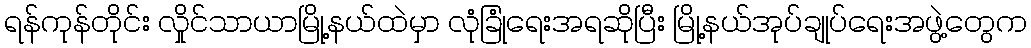
ရန်ကုန်တိုင်း လှိုင်သာယာမြို့နယ်ထဲမှာ လုံခြုံရေးအရဆိုပြီး မြို့နယ်အုပ်ချုပ်ရေးအဖွဲ့တွေက